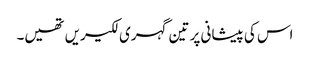
اس کی پیشانی پر تین گہری لکیریں تھیں۔